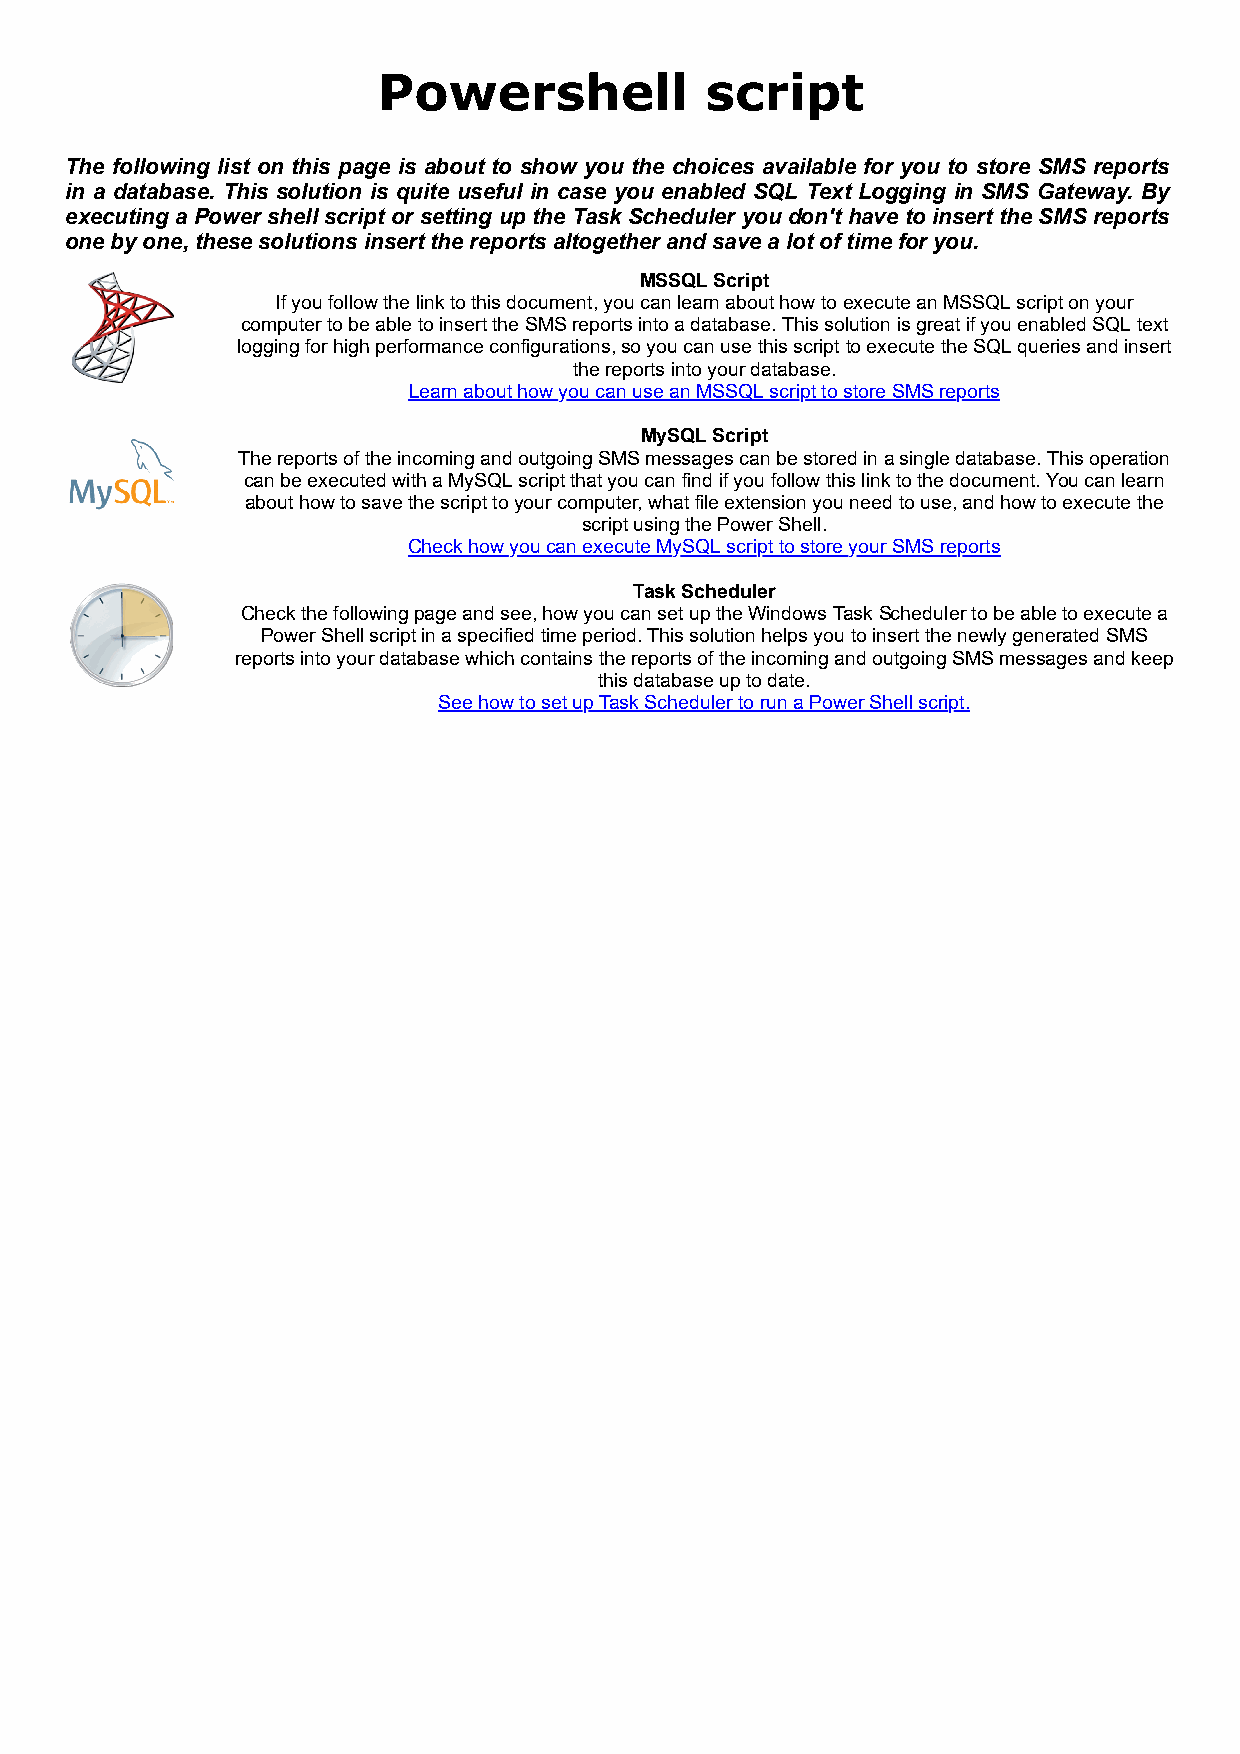
Powershell            script
 The following list on this page is about to show you the choices available for you to store SMS reports
 in a database. This solution is quite useful in case you enabled SQL Text Logging in SMS Gateway. By
 executing a Power shell script or setting up the Task Scheduler you don't have to insert the SMS reports
 one by one, these solutions insert the reports altogether and save a lot of time for you.
 MSSQL Script
 If you follow the link to this document, you can learn about how to execute an MSSQL script on your
 computer to be able to insert the SMS reports into a database. This solution is great if you enabled SQL text
 logging for high performance configurations, so you can use this script to execute the SQL queries and insert
 the reports into your database.
 Learn about how you can use an MSSQL script to store SMS reports
 MySQL Script
 The reports of the incoming and outgoing SMS messages can be stored in a single database. This operation
 can be executed with a MySQL script that you can find if you follow this link to the document. You can learn
 about how to save the script to your computer, what file extension you need to use, and how to execute the
 script using the Power Shell.
 Check how you can execute MySQL script to store your SMS reports
 Task Scheduler
 Check the following page and see, how you can set up the Windows Task Scheduler to be able to execute a
 Power Shell script in a specified time period. This solution helps you to insert the newly generated SMS
 reports into your database which contains the reports of the incoming and outgoing SMS messages and keep
 this database up to date.
 See how to set up Task Scheduler to run a Power Shell script.